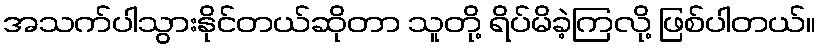
အသက်ပါသွားနိုင်တယ်ဆိုတာ သူတို့ ရိပ်မိခဲ့ကြလို့ ဖြစ်ပါတယ်။